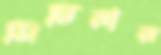
মিটিয়ার